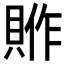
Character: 𮚈